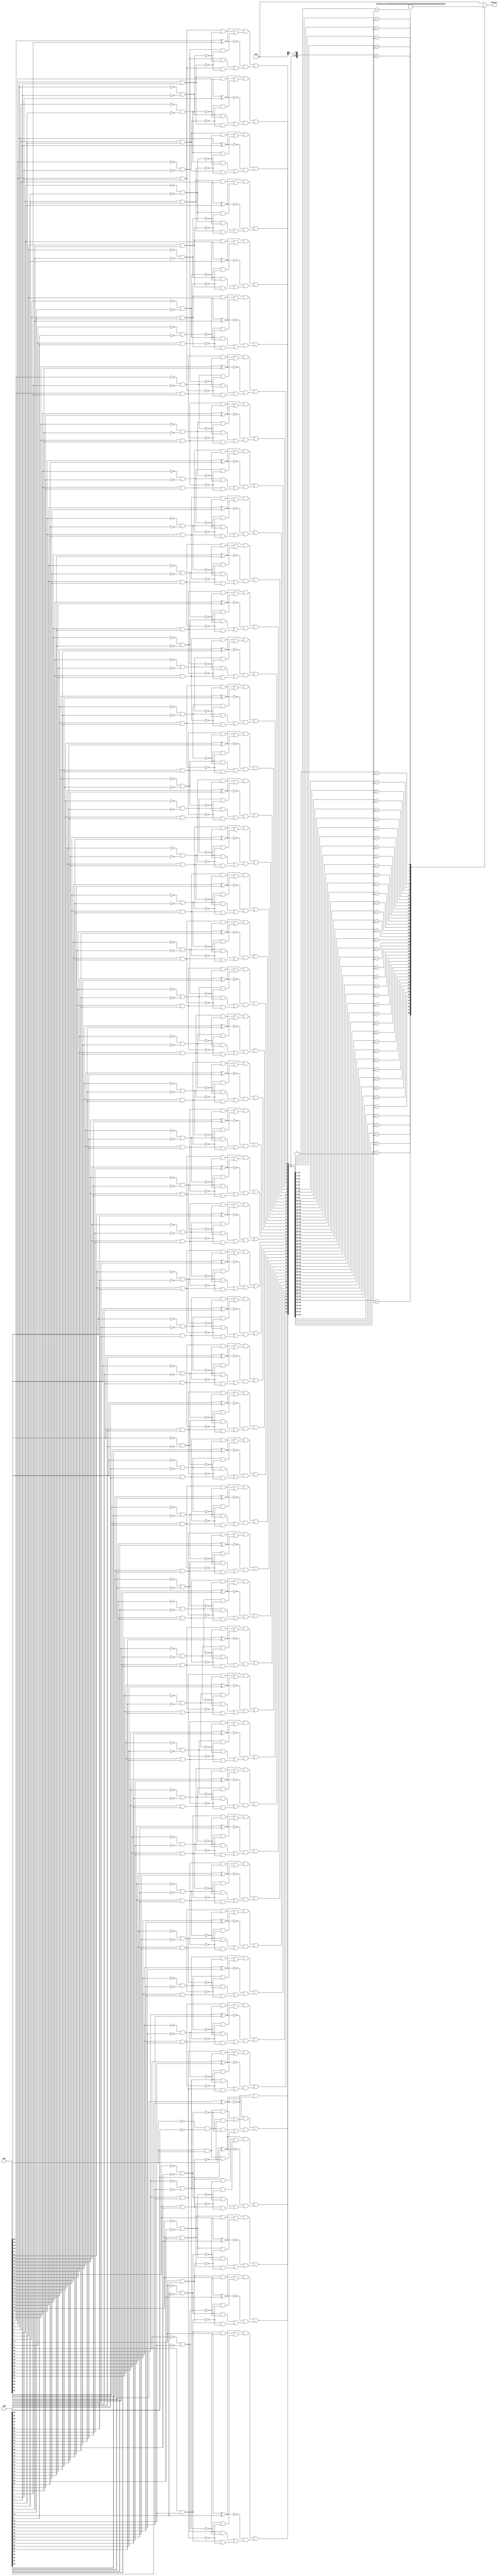

module lza(opA, opB, ldCount);
   
   //Parameters
  parameter SIG_WIDTH=23;

    //leading digit anticipator
  localparam m=SIG_WIDTH+1;    //24
  
  input [2*m+1:0] opA, opB;
  output reg [5:0] ldCount; 
  
  //Genrate, Propageate and Kill vectors
  
  wire [2*m+1:0] G,T,Z;
  
    generate 
    genvar i;
    for(i=2*m+1;i>=0;i=i-1) begin:lzd
      assign G[i]=opA[i] & opB[i];
      assign T[i]=opA[i] ^ opB[i];
      assign Z[i]=~opA[i] & ~opB[i];
    end
  endgenerate 
  
  //Indicator vector
  wire [2*m+1:0]f;
  assign f[2*m+1]=~T[2*m+1] & T[2*m-1+1];
  generate
    genvar j;
    for(j=2*m-1+1;j>0;j=j-1)begin:indicators
      assign f[j]=(T[j+1] & ( (G[j] & ~Z[j-1]) | (Z[j] & ~G[j-1]) ) ) | 
                 (~T[j+1] & ( (Z[j] & ~Z[j-1]) | (G[j] & ~G[j-1]) ) ); 
    end
  endgenerate
  
  reg [5:0] normalizeAmt;
  always @ (*) begin
   ldCount = normalizeAmt;
 end
  
  always @ (*) begin
      casex(f)
      {1'b1,{49{1'bx}}}: normalizeAmt=0;
      {1'b0, 1'b1,{48{1'bx}}}: normalizeAmt=1;
      {1'b0, 2'b1,{47{1'bx}}}: normalizeAmt=2;
      {1'b0, 3'b1,{46{1'bx}}}: normalizeAmt=2+1;
      {1'b0, 4'b1,{45{1'bx}}}: normalizeAmt=3+1;
      {1'b0, 5'b1,{44{1'bx}}}: normalizeAmt=4+1;
      {1'b0, 6'b1,{43{1'bx}}}: normalizeAmt=5+1;
      {1'b0, 7'b1,{42{1'bx}}}: normalizeAmt=6+1;
      {1'b0, 8'b1,{41{1'bx}}}: normalizeAmt=7+1;
      {1'b0, 9'b1,{40{1'bx}}}: normalizeAmt=8+1;
      {1'b0, 10'b1,{39{1'bx}}}: normalizeAmt=9+1;
      {1'b0, 11'b1,{38{1'bx}}}: normalizeAmt=10+1;
      {1'b0, 12'b1,{37{1'bx}}}: normalizeAmt=11+1;
      {1'b0, 13'b1,{36{1'bx}}}: normalizeAmt=12+1;
      {1'b0, 14'b1,{35{1'bx}}}: normalizeAmt=13+1;
      {1'b0, 15'b1,{34{1'bx}}}: normalizeAmt=14+1;
      {1'b0, 16'b1,{33{1'bx}}}: normalizeAmt=15+1;
      {1'b0, 17'b1,{32{1'bx}}}: normalizeAmt=16+1;
      {1'b0, 18'b1,{31{1'bx}}}: normalizeAmt=17+1;
      {1'b0, 19'b1,{30{1'bx}}}: normalizeAmt=18+1;
      {1'b0, 20'b1,{29{1'bx}}}: normalizeAmt=19+1;
      {1'b0, 21'b1,{28{1'bx}}}: normalizeAmt=20+1;
      {1'b0, 22'b1,{27{1'bx}}}: normalizeAmt=21+1;
      {1'b0, 23'b1,{26{1'bx}}}: normalizeAmt=22+1;
      {1'b0, 24'b1,{25{1'bx}}}: normalizeAmt=23+1;
      {1'b0, 25'b1,{24{1'bx}}}: normalizeAmt=24+1;
      {1'b0, 26'b1,{23{1'bx}}}: normalizeAmt=25+1;
      {1'b0, 27'b1,{22{1'bx}}}: normalizeAmt=26+1;
      {1'b0, 28'b1,{21{1'bx}}}: normalizeAmt=27+1;
      {1'b0, 29'b1,{20{1'bx}}}: normalizeAmt=28+1;
      {1'b0, 30'b1,{19{1'bx}}}: normalizeAmt=29+1;
      {1'b0, 31'b1,{18{1'bx}}}: normalizeAmt=30+1;
      {1'b0, 32'b1,{17{1'bx}}}: normalizeAmt=31+1;
      {1'b0, 33'b1,{16{1'bx}}}: normalizeAmt=32+1;
      {1'b0, 34'b1,{15{1'bx}}}: normalizeAmt=33+1;
      {1'b0, 35'b1,{14{1'bx}}}: normalizeAmt=34+1;
      {1'b0, 36'b1,{13{1'bx}}}: normalizeAmt=35+1;
      {1'b0, 37'b1,{12{1'bx}}}: normalizeAmt=36+1;
      {1'b0, 38'b1,{11{1'bx}}}: normalizeAmt=37+1;
      {1'b0, 39'b1,{10{1'bx}}}: normalizeAmt=38+1;
      {1'b0, 40'b1,{9{1'bx}}}: normalizeAmt=39+1;
      {1'b0, 41'b1,{8{1'bx}}}: normalizeAmt=40+1;
      {1'b0, 42'b1,{7{1'bx}}}: normalizeAmt=41+1;
      {1'b0, 43'b1,{6{1'bx}}}: normalizeAmt=42+1;
      {1'b0, 44'b1,{5{1'bx}}}: normalizeAmt=43+1;
      {1'b0, 45'b1,{4{1'bx}}}: normalizeAmt=44+1;
      {1'b0, 46'b1,{3{1'bx}}}: normalizeAmt=45+1;
      {1'b0, 47'b1,{2{1'bx}}}: normalizeAmt=46+1;
      {1'b0, 48'b1,{1{1'bx}}}: normalizeAmt=47+1;
      50'b1: normalizeAmt=48+1;
    default: normalizeAmt=0;
     endcase
  end
   
endmodule